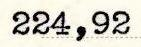
224,92